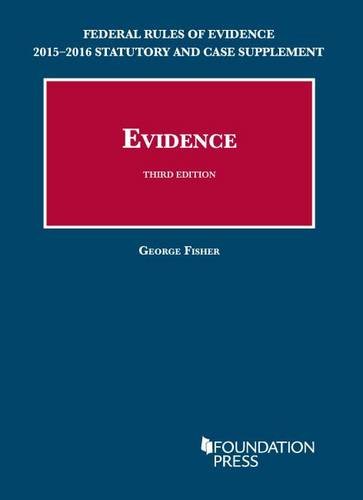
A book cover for Federal Rules of Evidence 2015-2016 Statutory and Case Supplement to Fisher's Evidence, 3rd (University Casebook Series); George Fisher; Law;